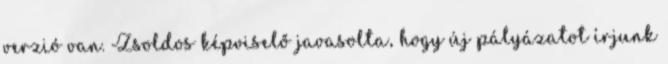
verzió van. Zsoldos képviselő javasolta, hogy új pályázatot írjunk